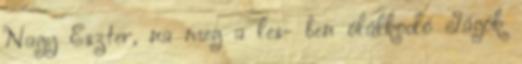
Nagy Eszter, na meg a les- ben ólálkodó Jágók